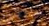
حافظي